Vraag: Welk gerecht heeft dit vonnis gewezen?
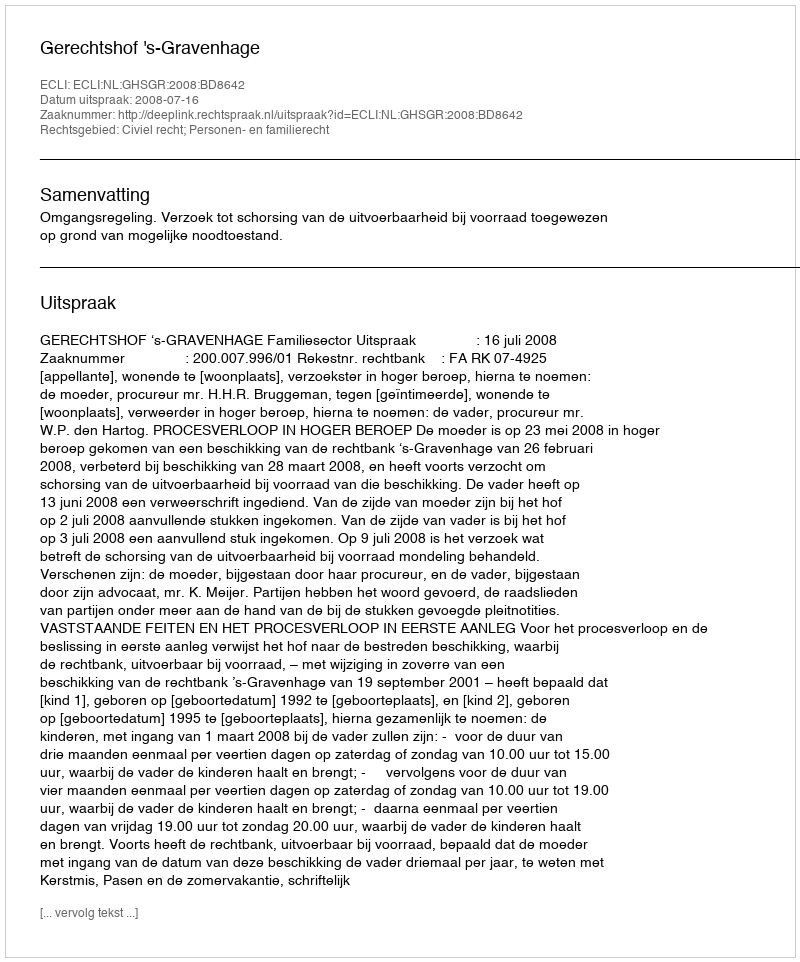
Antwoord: Gerechtshof 's-Gravenhage